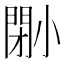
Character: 𡮤